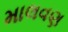
માલવણ